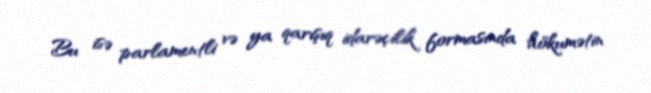
Bu isə parlamentli və ya qarışıq idarəçilik formasında hökumətin